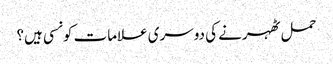
حمل ٹھہرنے کی دوسری علامات کونسی ہیں؟